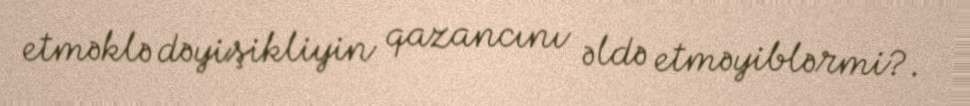
etməklə dəyişikliyin qazancını əldə etməyiblərmi?.